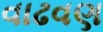
વાઢવણ